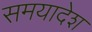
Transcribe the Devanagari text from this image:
समयादेश